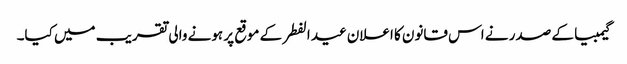
گیمبیا کے صدر نے اس قانون کا اعلان عید الفطر کے موقع پر ہونے والی تقریب میں کیا۔